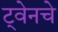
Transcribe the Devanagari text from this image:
ट्वेनचे